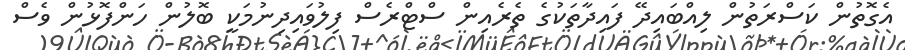
އެގޮތުން ކަސްރަތުން ލިއްބައިދޭ ފައިދާތަކުގެ ތެރެއިން ސްޓްރެސް ފިލުވައިދިނުމަކީ ބޮލުން ހަންފޮޅުން ވެސް